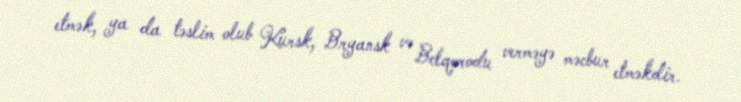
etmək, ya da təslim olub Kursk, Bryansk və Belqorodu verməyə məcbur etməkdir.